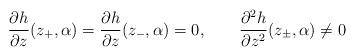
LaTeX: \begin{align*}\frac{\partial h}{\partial z}(z_{+},\alpha)=\frac{\partial h}{\partial z}(z_{-},\alpha)=0,\qquad\frac{\partial^{2}h}{\partial z^{2}}(z_{\pm},\alpha)\neq0\end{align*}